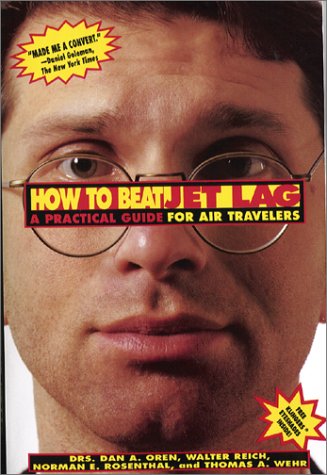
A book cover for How to Beat Jet Lag: A Practical Guide for Air Travelers/Book and Eyemask and Eyeshades; Walter Reich; Travel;